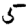
Digit: 5